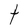
Character: t